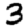
Digit: 3